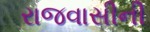
રાજવાસીની